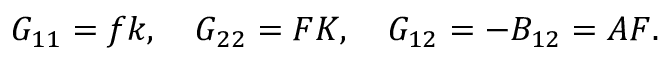
G _ { 1 1 } = f k , \ \ \ G _ { 2 2 } = F K , \ \ \ G _ { 1 2 } = - B _ { 1 2 } = A F .